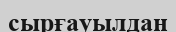
сырғауылдан